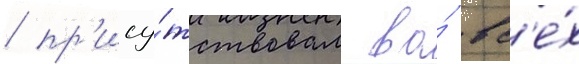
/ пр'ису́тствовал во́ вс'е́х